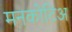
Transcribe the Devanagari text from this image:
मनकोटिअ